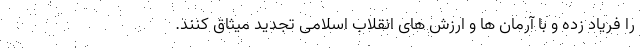
را فریاد زده و با آرمان ها و ارزش های انقلاب اسلامی تجدید میثاق کنند.